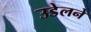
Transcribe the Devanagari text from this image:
उडेलने